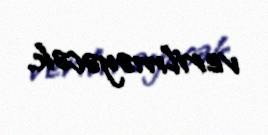
verilməyəcək.